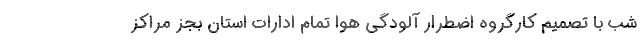
شب با تصمیم کارگروه اضطرار آلودگی هوا تمام ادارات استان بجز مراکز